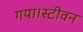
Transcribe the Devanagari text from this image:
गया।स्टीवन